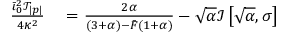
\begin{array} { r l } { \frac { \bar { \iota } _ { 0 } ^ { 2 } \mathcal { T } _ { | p | } } { 4 \kappa ^ { 2 } } } & { { } = \frac { 2 \alpha } { ( 3 + \alpha ) - \bar { F } ( 1 + \alpha ) } - \sqrt { \alpha } \mathcal { I } \left[ \sqrt { \alpha } , \sigma \right] } \end{array}